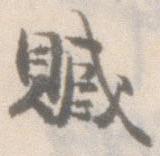
贓